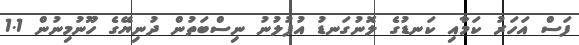
ފަސް އަހަރު ކަމާއި ކަނޑުގެ ލޮނުގަނޑު އުފުލުނު ނިސްބަތުން ދުނިޔޭގެ ހޫނުމިނުން 1.1